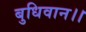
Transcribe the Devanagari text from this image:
बुधिवान।।